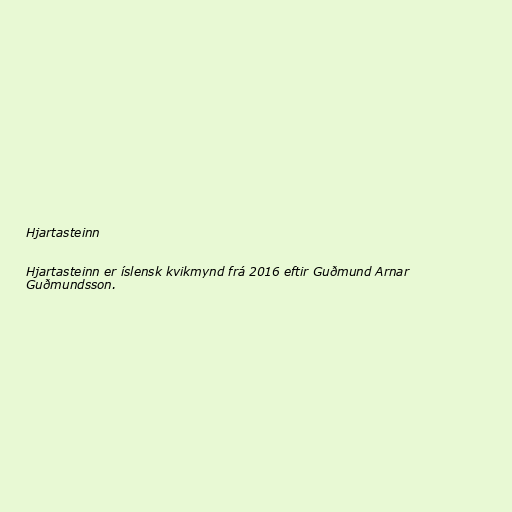
Hjartasteinn

Hjartasteinn er íslensk kvikmynd frá 2016 eftir Guðmund Arnar
Guðmundsson.